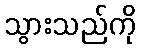
သွားသည်ကို